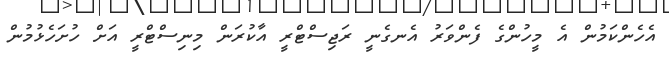
އެހެންކަމުން އެ މީހުންގެ ފެންވަރު އެނގެނީ ރަޖިސްޓްރީ އާކުރަން މިނިސްޓްރީ އަށް ހުށަހެޅުމުން